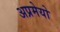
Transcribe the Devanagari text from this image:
अप्रमेयो